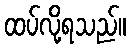
ထပ်လို့ရသည်။